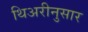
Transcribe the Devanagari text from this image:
थिअरीनुसार